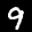
Label: 9